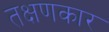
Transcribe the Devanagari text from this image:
तक्षणकार